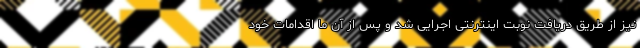
نیز از طریق دریافت نوبت اینترنتی اجرایی شد و پس از آن ما اقدامات خود